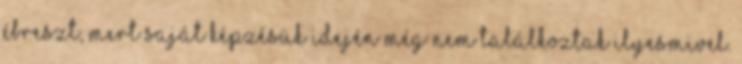
ébreszt, mert saját képzésük idején még nem találkoztak ilyesmivel.